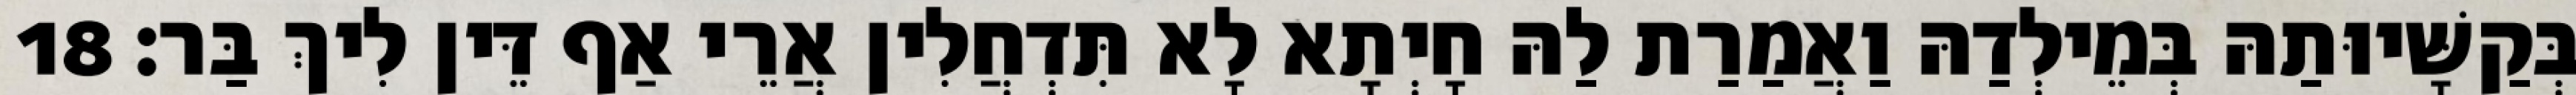
בְּקַשָּׁיוּתַהּ בְּמֵילְדַהּ וַאֲמַרַת לַהּ חָיְתָא לָא תִּדְחֲלִין אֲרֵי אַף דֵּין לִיךְ בַּר׃ 18